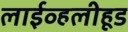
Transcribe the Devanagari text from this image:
लाईव्हलीहूड